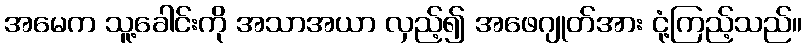
အမေက သူ့ခေါင်းကို အသာအယာ လှည့်၍ အဖေဂျုတ်အား ငုံ့ကြည့်သည်။